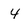
Character: 4